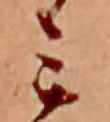
ミ